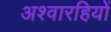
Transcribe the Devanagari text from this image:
अश्वारहियों